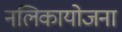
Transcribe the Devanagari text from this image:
नलिकायोजना